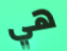
هي